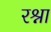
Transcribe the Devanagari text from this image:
रश्ना